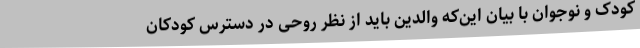
کودک و نوجوان با بیان این‌که والدین باید از نظر روحی در دسترس کودکان